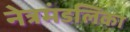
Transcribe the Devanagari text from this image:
नेत्रमंडलिका